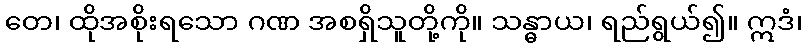
တေ၊ ထိုအစိုးရသော ဂဏ အစရှိသူတို့ကို။ သန္ဓာယ၊ ရည်ရွယ်၍။ ဣဒံ၊